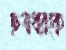
ছত্রধরকে